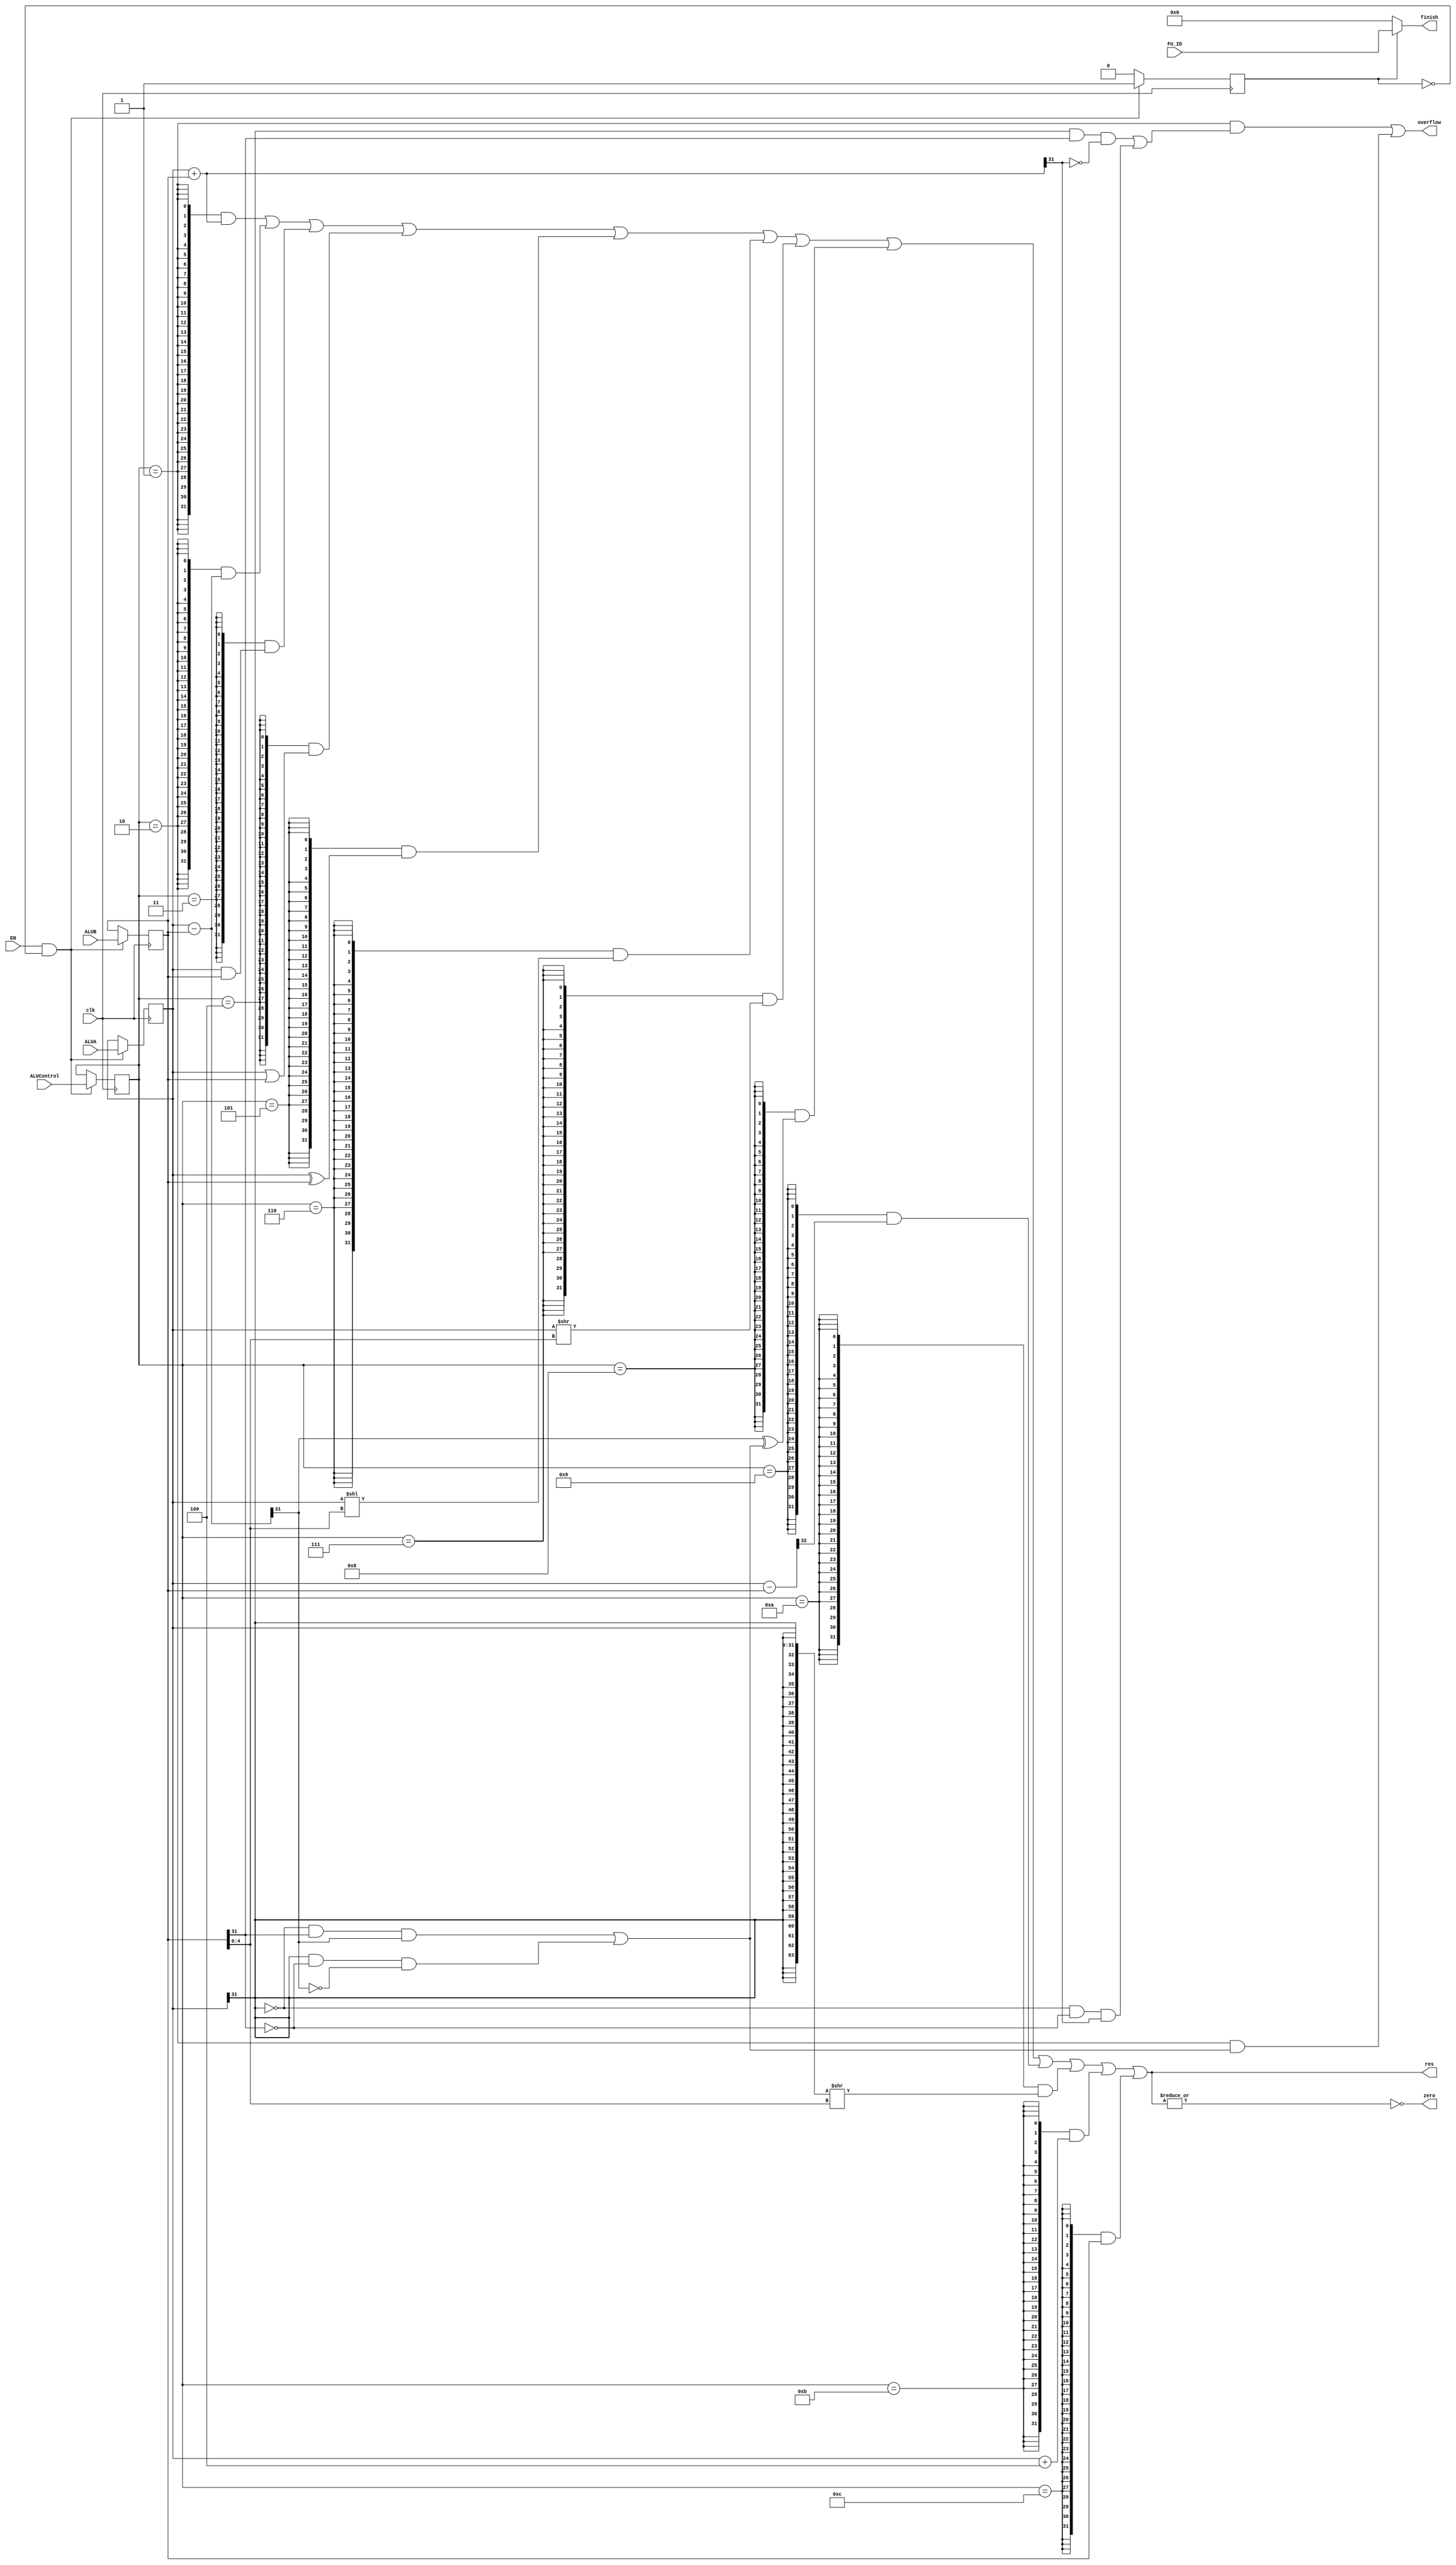
`timescale 1ns / 1ps

module FU_ALU(
    input clk, EN,
    input[3:0] ALUControl,
    input[3:0] FU_ID,
    input[31:0] ALUA, ALUB,
    output[31:0] res,
    output zero, overflow,
    output[3:0] finish
);

    reg state = 0;
    assign finish = (state == 1'b1) ? FU_ID : 0;
    // assign finish = state == 1'b1 ? FU_ID : 0;
    initial begin
        state = 0;
    end

    reg[3:0] Control;
    reg[31:0] A, B;

    // wire [3:0] Control = ALUControl;
    // wire [31:0] A = ALUA, B = ALUB;

    always@(posedge clk) begin
        if(EN && ~state) begin
            //! to fill sth.in
            Control <= ALUControl;
            A <= ALUA;
            B <= ALUB;
            state <= 1; 
        end
        else state <= 0;
    end
    
    localparam ALU_ADD  = 4'b0001;
    localparam ALU_SUB  = 4'b0010;
    localparam ALU_AND  = 4'b0011;
    localparam ALU_OR   = 4'b0100;
    localparam ALU_XOR  = 4'b0101;
    localparam ALU_SLL  = 4'b0110;
    localparam ALU_SRL  = 4'b0111;
    localparam ALU_SLT  = 4'b1000;
    localparam ALU_SLTU = 4'b1001;
    localparam ALU_SRA  = 4'b1010;
    localparam ALU_Ap4  = 4'b1011;
    localparam ALU_Bout = 4'b1100;

    wire[4:0] shamt = B[4:0];
    wire[32:0] res_subu = {1'b0,A} - {1'b0,B};

    wire[31:0] res_ADD  = A + B;
    wire[31:0] res_SUB  = A - B;
    wire[31:0] res_AND  = A & B;
    wire[31:0] res_OR   = A | B;
    wire[31:0] res_XOR  = A ^ B;
    wire[31:0] res_SLL  = A << shamt;
    wire[31:0] res_SRL  = A >> shamt;

    wire add_of = A[31] & B[31] & ~res_ADD[31] | // neg + neg = pos
                  ~A[31] & ~B[31] & res_ADD[31]; // pos + pos = neg
    wire sub_of = ~A[31] & B[31] & res_SUB[31] | // pos - neg = neg
                  A[31] & ~B[31] & ~res_SUB[31]; // neg - pos = pos
    
    wire[31:0] res_SLT  = {31'b0, res_SUB[31] ^ sub_of};
    wire[31:0] res_SLTU = {31'b0, res_subu[32]};
    wire[31:0] res_SRA  = {{32{A[31]}}, A} >> shamt;
    wire[31:0] res_Ap4  = A + 4;
    wire[31:0] res_Bout = B;

    wire ADD  = Control == ALU_ADD ;
    wire SUB  = Control == ALU_SUB ;
    wire AND  = Control == ALU_AND ;
    wire OR   = Control == ALU_OR  ;
    wire XOR  = Control == ALU_XOR ;
    wire SLL  = Control == ALU_SLL ;
    wire SRL  = Control == ALU_SRL ;
    wire SLT  = Control == ALU_SLT ;
    wire SLTU = Control == ALU_SLTU;
    wire SRA  = Control == ALU_SRA ;
    wire Ap4  = Control == ALU_Ap4 ;
    wire Bout = Control == ALU_Bout;

    
    assign zero = ~|res;
    
    assign overflow = (Control == ALU_ADD && add_of) | 
                    (Control == ALU_SUB && sub_of);
    
    assign res = {32{ADD }} & res_ADD  |
                 {32{SUB }} & res_SUB  |
                 {32{AND }} & res_AND  |
                 {32{OR  }} & res_OR   |
                 {32{XOR }} & res_XOR  |
                 {32{SLL }} & res_SLL  |
                 {32{SRL }} & res_SRL  |
                 {32{SLT }} & res_SLT  |
                 {32{SLTU}} & res_SLTU |
                 {32{SRA }} & res_SRA  |
                 {32{Ap4 }} & res_Ap4  |
                 {32{Bout}} & res_Bout ;

endmodule